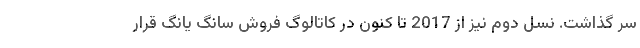
سر گذاشت. نسل دوم نیز از 2017 تا کنون در کاتالوگ فروش سانگ یانگ قرار